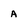
Character: A